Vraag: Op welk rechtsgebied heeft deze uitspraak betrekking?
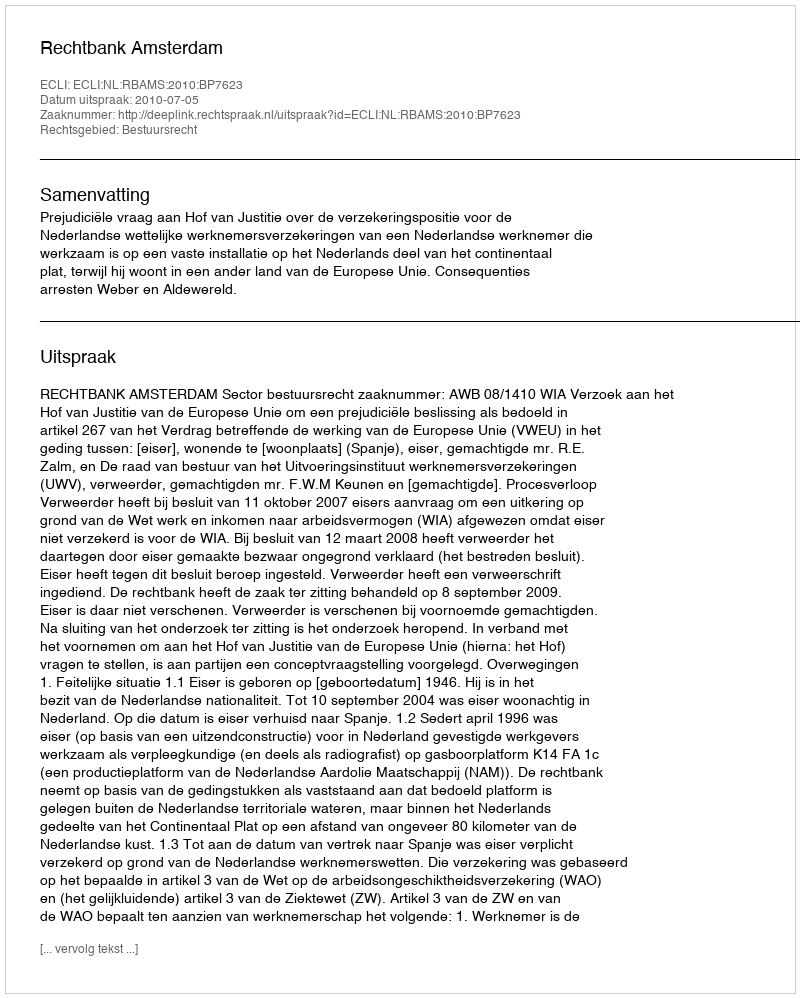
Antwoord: Bestuursrecht